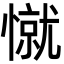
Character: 憱